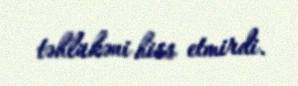
təhlükəni hiss etmirdi.